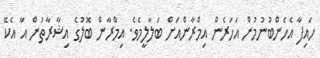
ހައިފާ އެހެންބުނުމުން އަހަރެން އިމްރާންއަށް ބަލާލީމެވެ. އިމްރާން ބޮލުގެ އިޝާރާތުން އާ އެކޭ